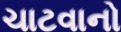
ચાટવાનો